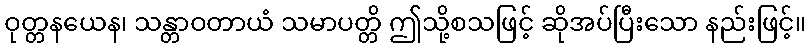
ဝုတ္တနယေန၊ သန္တာဝတာယံ သမာပတ္တိ ဤသို့စသဖြင့် ဆိုအပ်ပြီးသော နည်းဖြင့်။